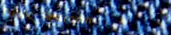
Public Restroom